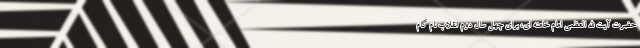
حضرت آیت الله العظمی امام خامنه ای، برای چهل سال دوم انقلاب نام گام